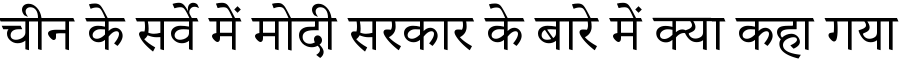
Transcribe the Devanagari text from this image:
चीन के सर्वे में मोदी सरकार के बारे में क्या कहा गया